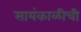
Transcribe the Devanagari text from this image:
सायंकाळीची